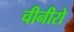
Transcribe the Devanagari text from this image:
चीनीरो